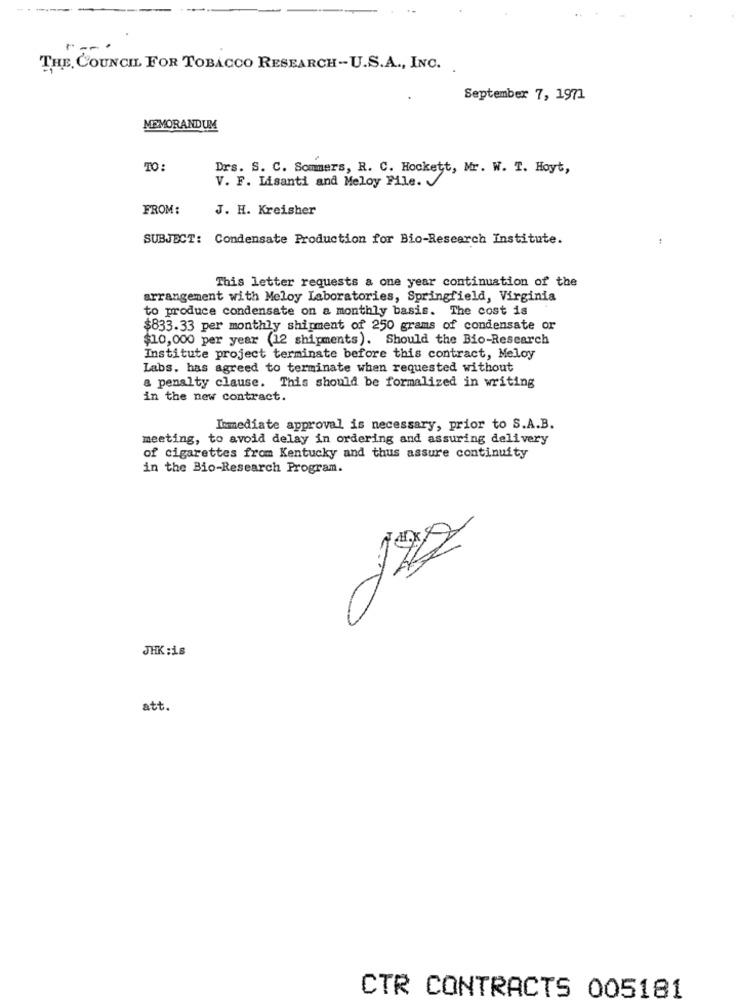
THE COUNCIL FOR TOBACCO RESEARCH-U.S.A ., INC.
September 7, 1971
MEMORANDUM
TO:
Drs. S. C. Sommers, R. C. Hockett, Mr. W. T. Hoyt,
V. F. Lisanti and Meloy File.
FROM:
J. H. Kreisher
SUBJECT: Condensate Production for Bio-Research Institute.
This letter requests a one year continuation of the
arrangement with Meloy Laboratories, Springfield, Virginia
to produce condensate on a monthly basis. The cost is
$833.33 per monthly shipment of 250 grams of condensate or
$10,000 per year (12 shipments). Should the Bio-Research
Institute project terminate before this contract, Meloy
Labs, has agreed to terminate when requested without
a penalty clause. This should be formalized in writing
in the new contract.
Immediate approval is necessary, prior to S.A.B.
meeting, to avoid delay in ordering and assuring delivery
of cigarettes from Kentucky and thus assure continuity
in the Bio-Research Program.
JHK :is
att.
CTR CONTRACTS 005181